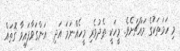
މި ހަމަތަކުގެ މައްޗަށެވެ. މީހަކީ ތެދުވެރި މީހެއްނަމަ އަދި  އަންގަވާފައިވާ ގޮތައް